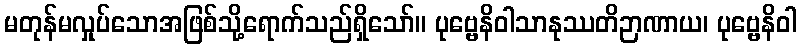
မတုန်မလှုပ်သောအဖြစ်သို့ရောက်သည်ရှိသော်။ ပုဗ္ဗေနိဝါသာနုဿတိဉာဏာယ၊ ပုဗ္ဗေနိဝါ